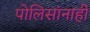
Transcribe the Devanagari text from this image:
पोलिसांनाही